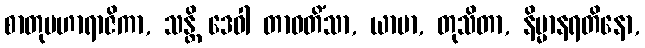
စာတုမဟာရာဇိကာ, သန္တိ ဒေဝါ တာဝတိံသာ, ယာမာ, တုသိတာ, နိမ္မာနရတိနော,